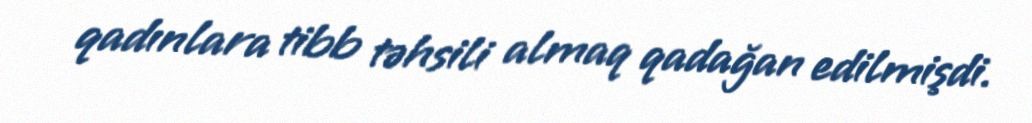
qadınlara tibb təhsili almaq qadağan edilmişdi.